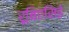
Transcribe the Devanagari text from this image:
रूबिएसिई